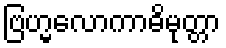
ဗြဟ္မလောကာဓိမုတ္တာ